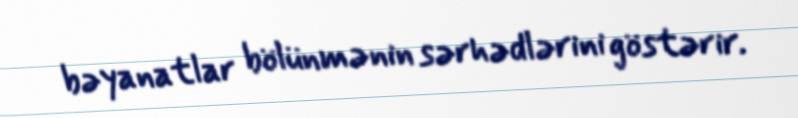
bəyanatlar bölünmənin sərhədlərini göstərir.